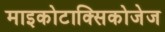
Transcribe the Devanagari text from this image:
माइकोटाक्सिकोजेज